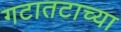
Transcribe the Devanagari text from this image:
गटातटाच्या